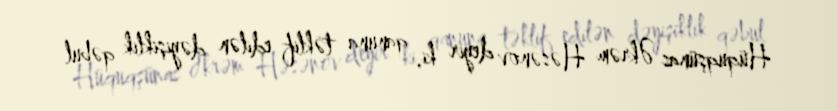
Hüquqşünas Əkrəm Həsənov deyir ki, qanuna təklif edilən dəyişiklik qəbul